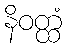
နိဝတ္ထံ